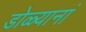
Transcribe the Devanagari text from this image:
डोळ्यानां